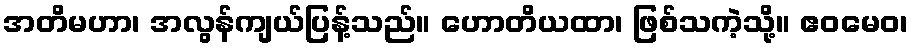
အတိမဟာ၊ အလွန်ကျယ်ပြန့်သည်။ ဟောတိယထာ၊ ဖြစ်သကဲ့သို့။ ဧဝမေဝ၊